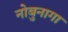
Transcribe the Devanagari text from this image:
नोबुनागा